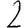
Digit: 2